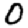
Digit: 0